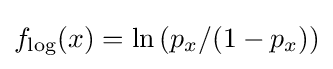
f_{\log }(x)=\ln \left(p_{x}/({1-p_{x}})\right)